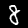
Label: 8